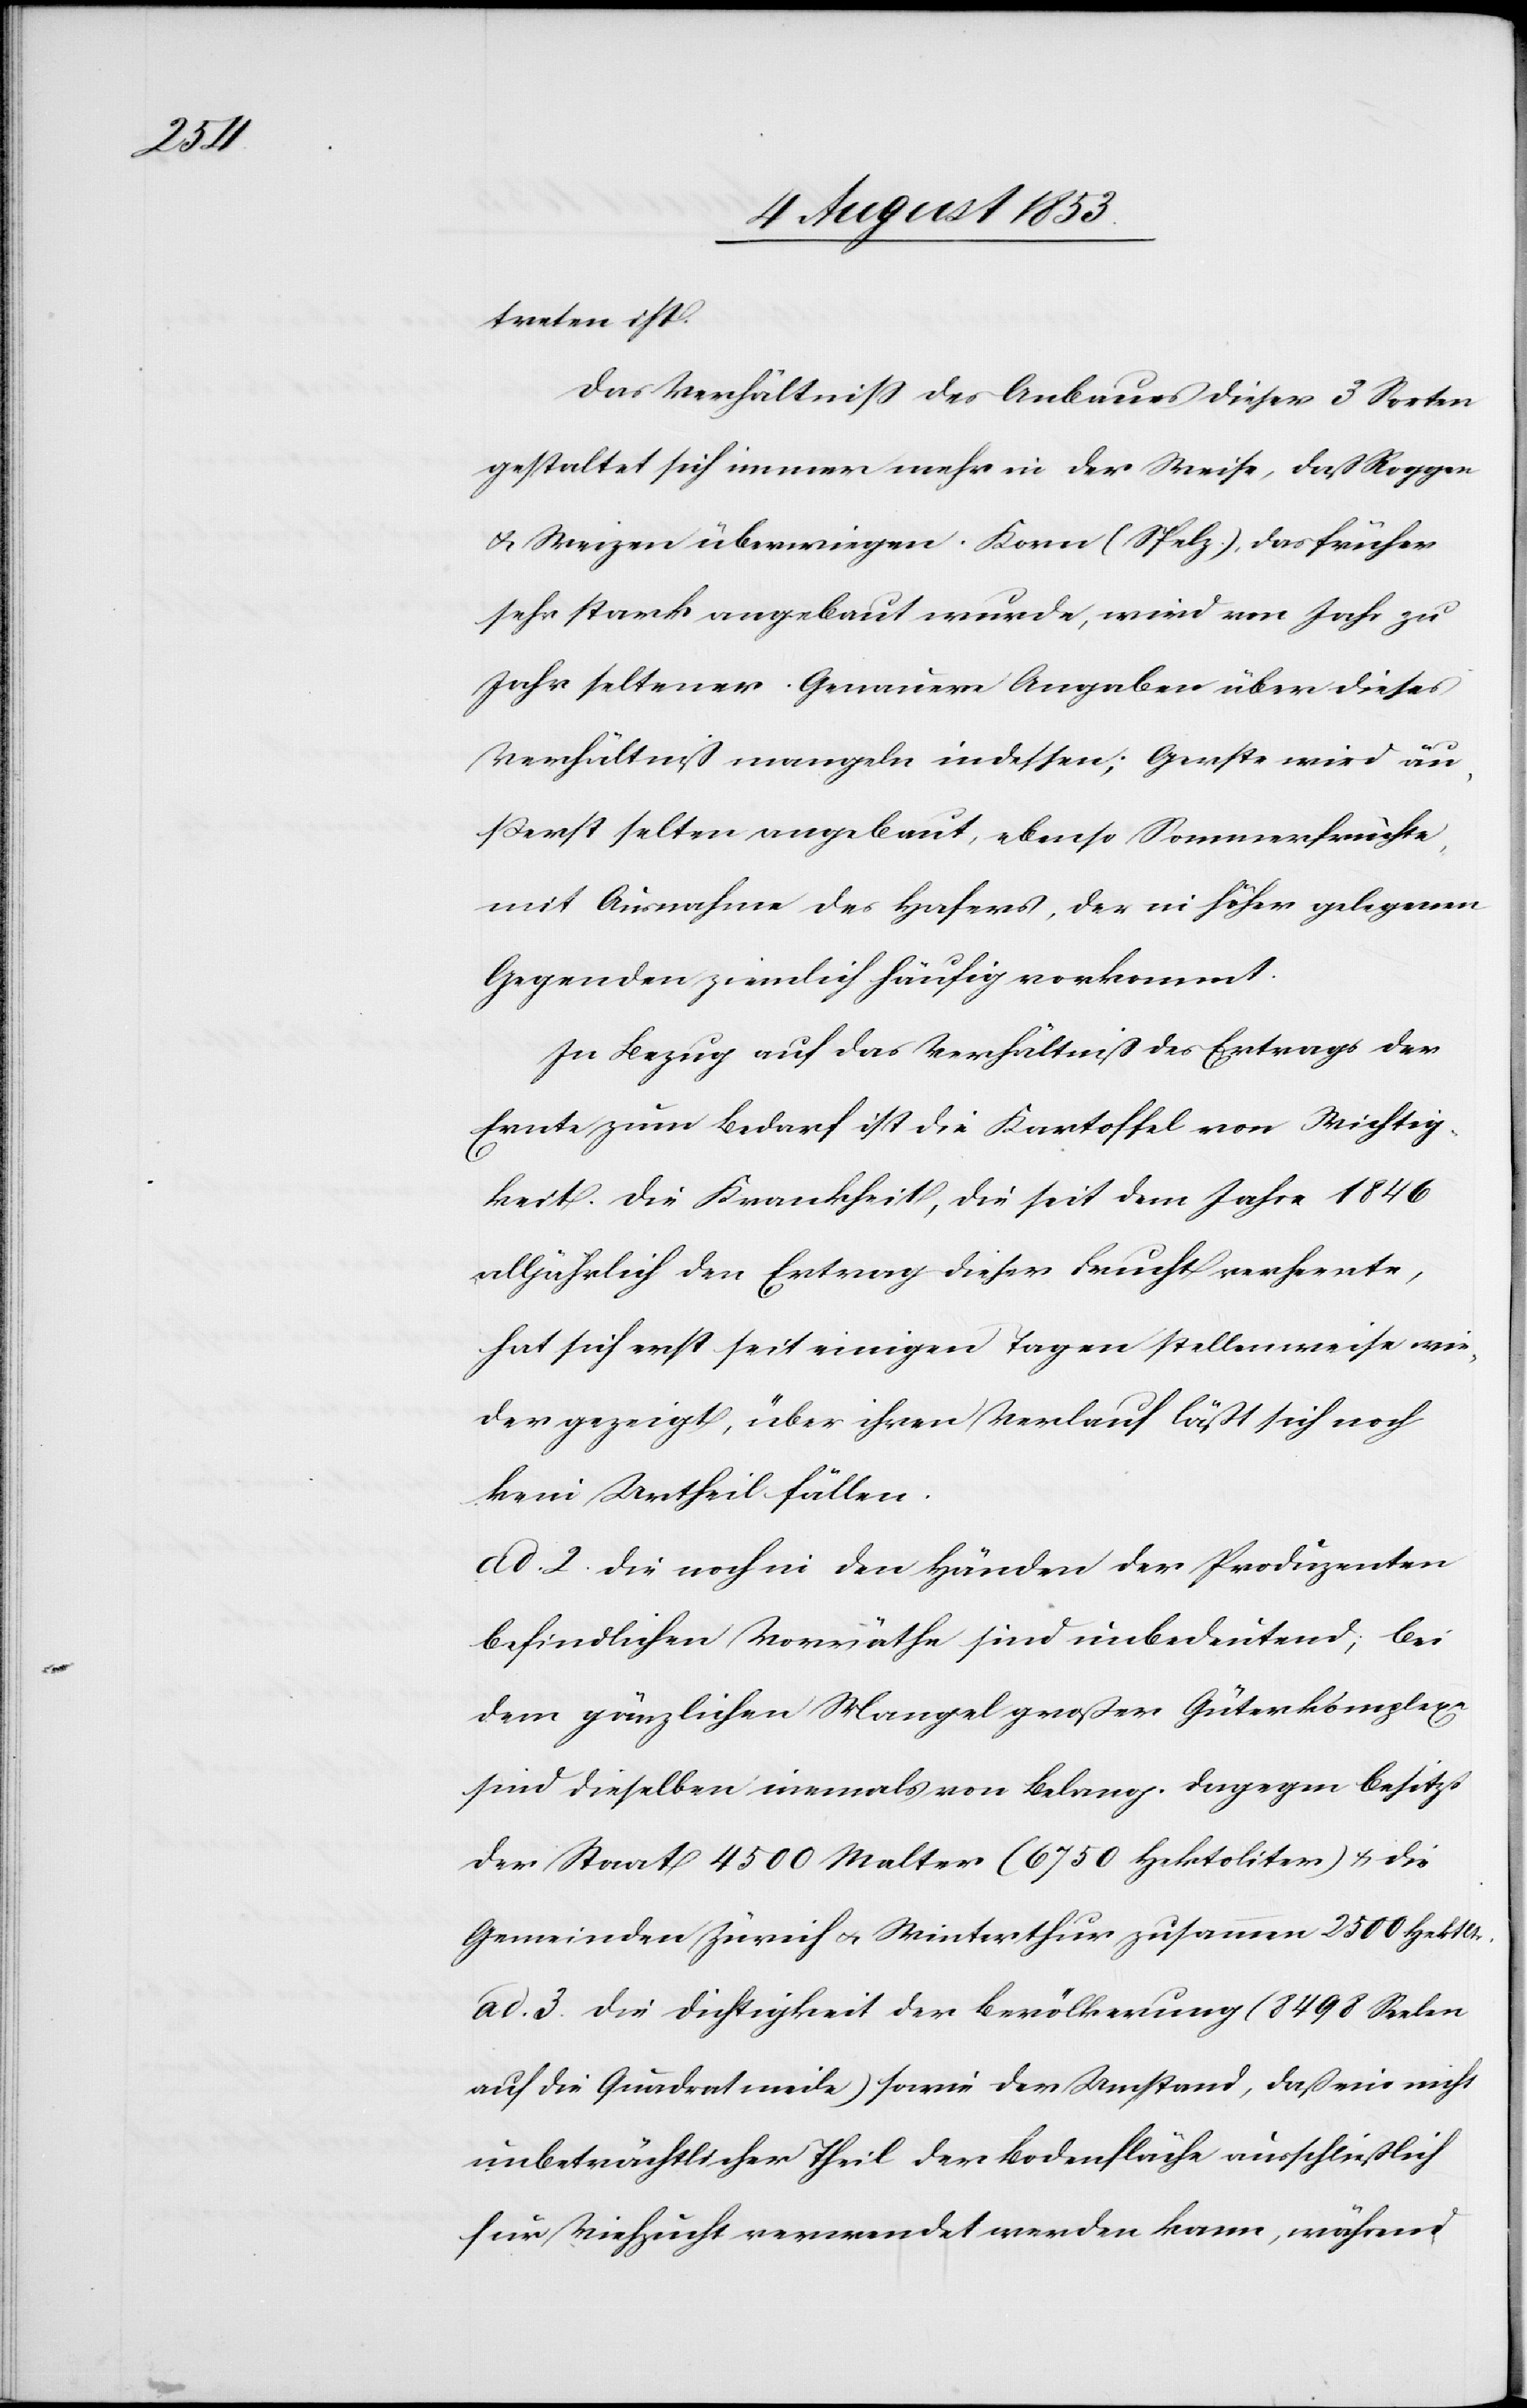
treten ist.
Das Verhältniß des Anbaues dieser 3 Sorten
gestaltet sich immer mehr in der Weise, daß Roggen
u. Weizen überwiegen. Korn (Spelz), das früher
sehr stark angebaut wurde, wird von Jahr zu
Jahr seltener. Genauere Angaben über dieses
Verhältniß mangeln indessen; Gerste wird äu¬
ßerst selten angebaut, ebenso Sommerfrüchte,
mit Ausnahme des Hafers, der in höher gelegenen
Gegenden ziemlich häufig vorkommt.
In Bezug auf das Verhältniß des Ertrages der
Ernte zum Bedarf ist die Kartoffel von Wichtig¬
keit. Die Krankheit, die seit dem Jahre 1846
alljährlich den Ertrag dieser Frucht verheerte,
hat sich erst seit einigen Tagen stellenweise wie¬
der gezeigt, über ihren Verlauf läßt sich noch
kein Urtheil fällen.
ad 2. Die noch in den Händen der Produzenten
befindlichen Vorräthe sind unbedeutend, bei
dem gänzlichen Mangel großer Güterkomplexe
sind dieselben niemals von Belang. Dagegen besitzt
der Staat 4500 Malter (6750 Hektoliter) u. die
Gemeinden Zürich u. Winterthur zusammen 2500 Hektltr.
ad 3. Die Dichtigkeit der Bevölkerung (8498 Seelen
auf die Quadratmeile) sowie der Umstand, daß ein nicht
unbeträchtlicher Theil der Bodenfläche ausschließlich
für Viehzucht verwendet werden kann, während